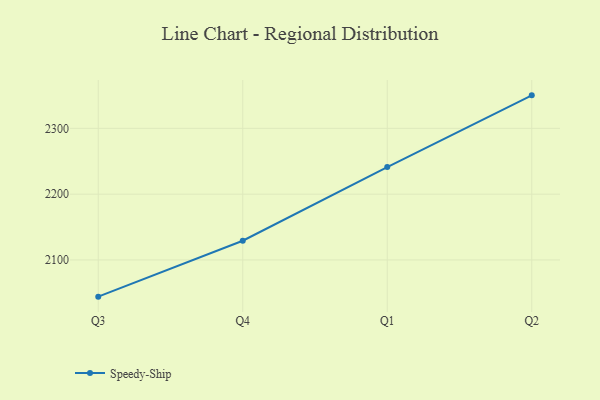
{"axis": {"x": "Quarter", "y": "Inventory Turnover"}, "legend": ["Speedy-Ship"], "data": [{"x": "Q3", "y": 2044.2, "type": "Speedy-Ship"}, {"x": "Q4", "y": 2129.2, "type": "Speedy-Ship"}, {"x": "Q1", "y": 2241.2, "type": "Speedy-Ship"}, {"x": "Q2", "y": 2350.2, "type": "Speedy-Ship"}]}